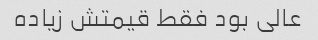
عالی بود فقط قیمتش زیاده